Plague in India, 1896, 1897 - Volume 3
Year: 1896
Disease focus: Plague
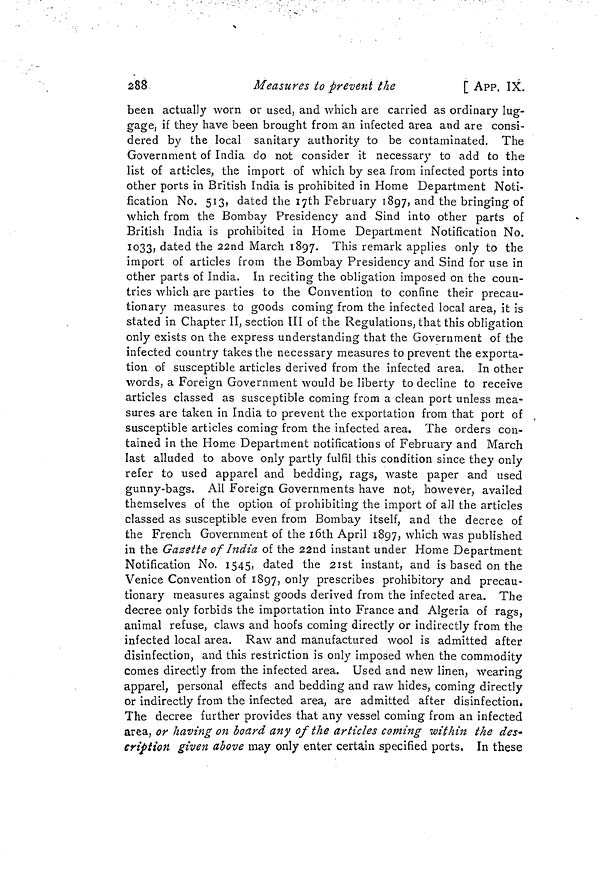
288
Measures to prevent the
[ APP. IX.
been actually worn or used, and which are carried as ordinary lug-
gage, if they have been brought from an infected area and are consi-
dered by the local sanitary authority to be contaminated. The
Government of India do not consider it necessary to add to the
list of articles, the import of which by sea from infected ports into
other ports in British India is prohibited in Home Department Noti-
fication No. 513, dated the 17th February 1897, and the bringing of
which from the Bombay Presidency and Sind into other parts of
British India is prohibited in Home Department Notification No.
1033, dated the 22nd March 1897. This remark applies only to the
import of articles from the Bombay Presidency and Sind for use in
other parts of India. In reciting the obligation imposed on the coun-
tries which are parties to the Convention to confine their precau-
tionary measures to goods coming from the infected local area, it is
stated in Chapter II, section III of the Regulations, that this obligation
only exists on the express understanding that the Government of the
infected country takes the necessary measures to prevent the exporta-
tion of susceptible articles derived from the infected area. In other
words, a Foreign Government would be liberty to decline to receive
articles classed as susceptible coming from a clean port unless mea-
sures are taken in India to prevent the exportation from that port of
susceptible articles coming from the infected area. The orders con-
tained in the Home Department notifications of February and March
last alluded to above only partly fulfil this condition since they only
refer to used apparel and bedding, rags, waste paper and used
gunny-bags. All Foreign Governments have not, however, availed
themselves of the option of prohibiting the import of all the articles
classed as susceptible even from Bombay itself, and the decree of
the French Government of the 16th April 1897, which was published
in the Gazette of India of the 22nd instant under Home Department
Notification No. 1545, dated the 21st instant, and is based on the
Venice Convention of 1897, onl y prescribes prohibitory and precau-
tionary measures against goods derived from the infected area. The
decree only forbids the importation into France and Algeria of rags,
animal refuse, claws and hoofs coming directly or indirectly from the
infected local area. Raw and manufactured wool is admitted after
disinfection, and this restriction is only imposed when the commodity
comes directly from the infected area. Used and new linen, wearing
apparel, personal effects and bedding and raw hides, coming directly
or indirectly from the infected area, are admitted after disinfection.
The decree further provides that any vessel coming from an infected
area, or having on board any of the articles coming within the des-
cription given above may only enter certain specified ports. In these